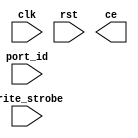
`timescale 1ns / 1ps
//////////////////////////////////////////////////////////////////////////////////
// Company: 
// Engineer: 
// 
// Design Name: 
// Module Name: bramka
// Project Name: 
// Target Devices: 
// Tool Versions: 
// Description: 
// 
// Dependencies: 
// 
// Revision:
// Revision 0.01 - File Created
// Additional Comments:
// 
//////////////////////////////////////////////////////////////////////////////////


module bramka(
    input clk,
    input rst,
    input [7:0] port_id,
    input write_strobe,
    output ce
   
    );
    
endmodule